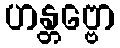
ဟန္တဗ္ဗော